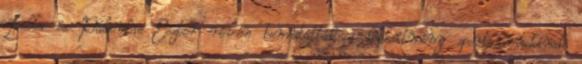
Lilla és Pálinkás Eszter révén bemutatták a létesítmény sportcsarnokának